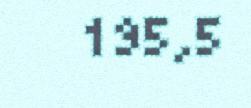
195,5